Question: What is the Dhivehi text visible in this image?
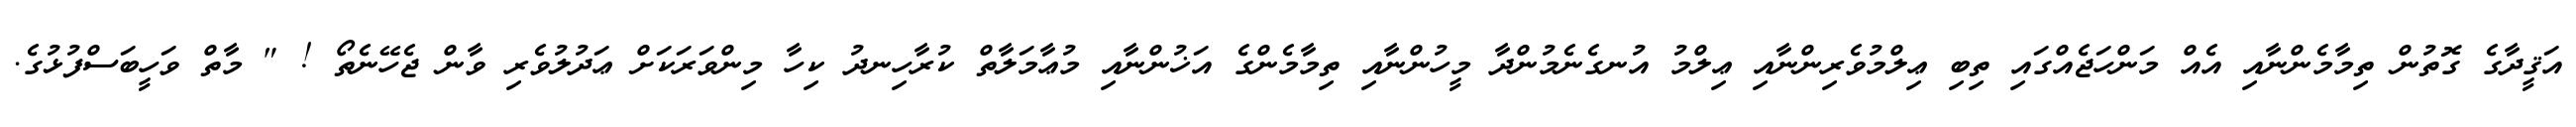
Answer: އަޤީދާގެ ގޮތުން ތިމާމެންނާއި އެއް މަންހަޖެއްގައި ތިބި ޢިލްމުވެރިންނާއި ޢިލްމު އުނގެނެމުންދާ މީހުންނާއި ތިމާމެންގެ އަޚުންނާއި މުޢާމަލާތް ކުރާހިނދު ކިހާ މިންވަރަކަށް ޢަދުލުވެރި ވާން ޖެހޭނެތޯ ! " މާތް ވަހީބަސްފުޅުގެ.